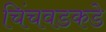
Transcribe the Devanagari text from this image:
चिंचवडकडे